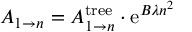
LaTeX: A _ { 1 \to n } = A _ { 1 \to n } ^ { \mathrm { t r e e } } \cdot \mathrm { e } ^ { B \lambda n ^ { 2 } }